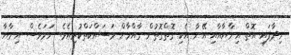
ނިދާފައި އޮތް އިނާޔާއާއި އޭނާ އެކި ގޮތްގޮތުން ގާއްވާން މަސައްކަތްކުރިއެވެ. ނަމަވެސް އިނާޔާ